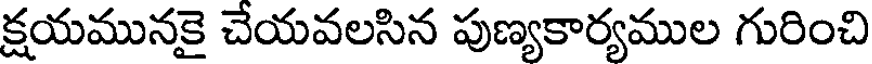
క్షయమునకై చేయవలసిన పుణ్యకార్యముల గురించి